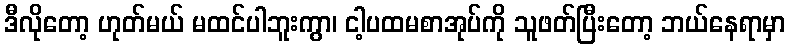
ဒီလိုတော့ ဟုတ်မယ် မထင်ပါဘူးကွာ၊ ငါ့ပထမစာအုပ်ကို သူဖတ်ပြီးတော့ ဘယ်နေရာမှာ